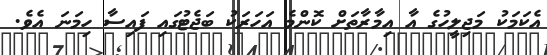
އެކަމަކު މަޖިލީހުގެ އާ އިމާރާތަށް ކޮންމެ އަހަރަކު ބަޖެޓުގައި ފައިސާ ހިމަނަ އެވެ.